Mental hospitals Bombay report 1929-33 - 1929-1933
Year: 1929
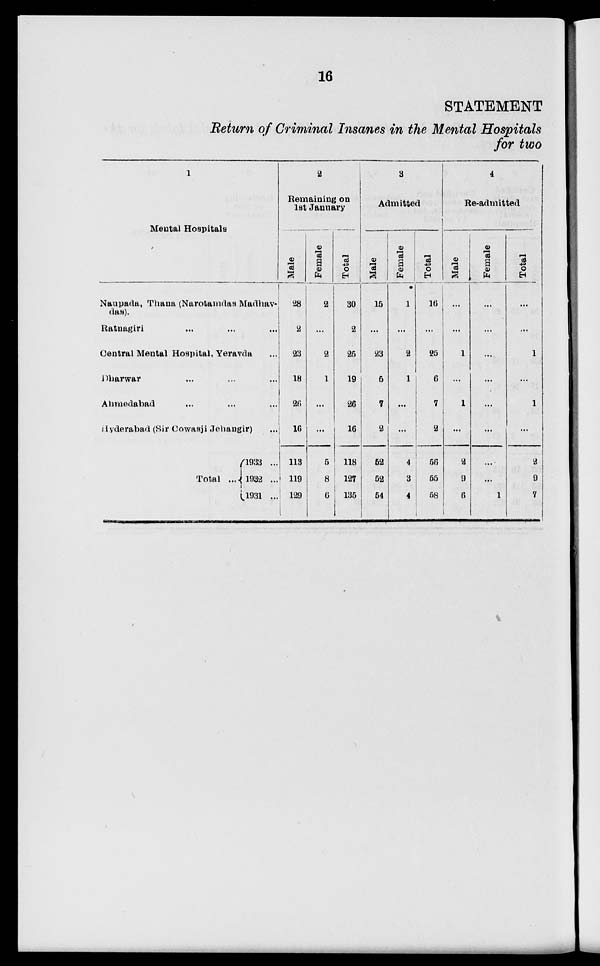
16
STATEMENT
Return of Criminal Insanes in the Mental Hospitals
for two
1
Mental Hospitals
Naupada, Thana (Narotamdas Madhav-
das).
Ratnagiri ... ... ...
Central Mental Hospital, Yeravda ...
Dharwar ... ... ...
Ahmedabad ... ... ...
Hyderabad (Sir Cowasji Jehangir) ...
Total ...
1933 ...
1932 ...
1931 ...
2
Remaining on
1st January
Male
28
2
23
18
26
16
113
119
129
Female
2
...
2
1
...
...
5
8
6
Total
30
2
25
19
26
16
118
127
135
3
Admitted
Male
15
...
23
5
7
2
52
52
54
Female
1
...
2
1
...
...
4
3
4
Total
16
...
25
6
7
2
56
55
58
4
Re-admitted
Male
...
...
1
...
1
...
2
9
6
Female
...
...
...
...
...
...
...
...
1
Total
...
...
1
...
1
...
2
9
7